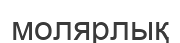
молярлық